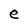
Character: e